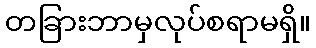
တခြားဘာမှလုပ်စရာမရှိ။